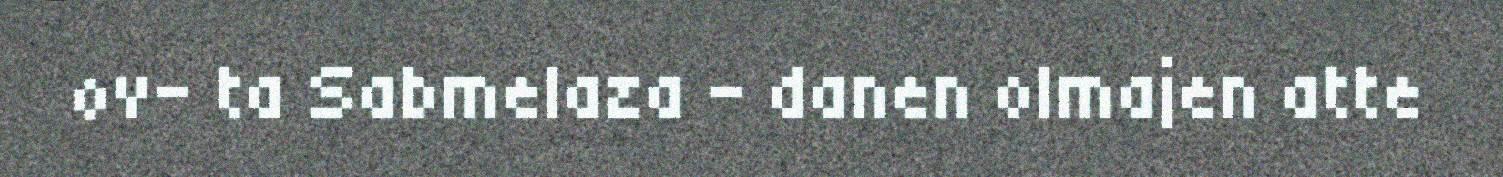
ov- ta Sabmelaza – danen olmajen atte